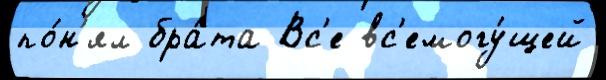
по́н'ял бра́та Вс'е вс'емогу́щей